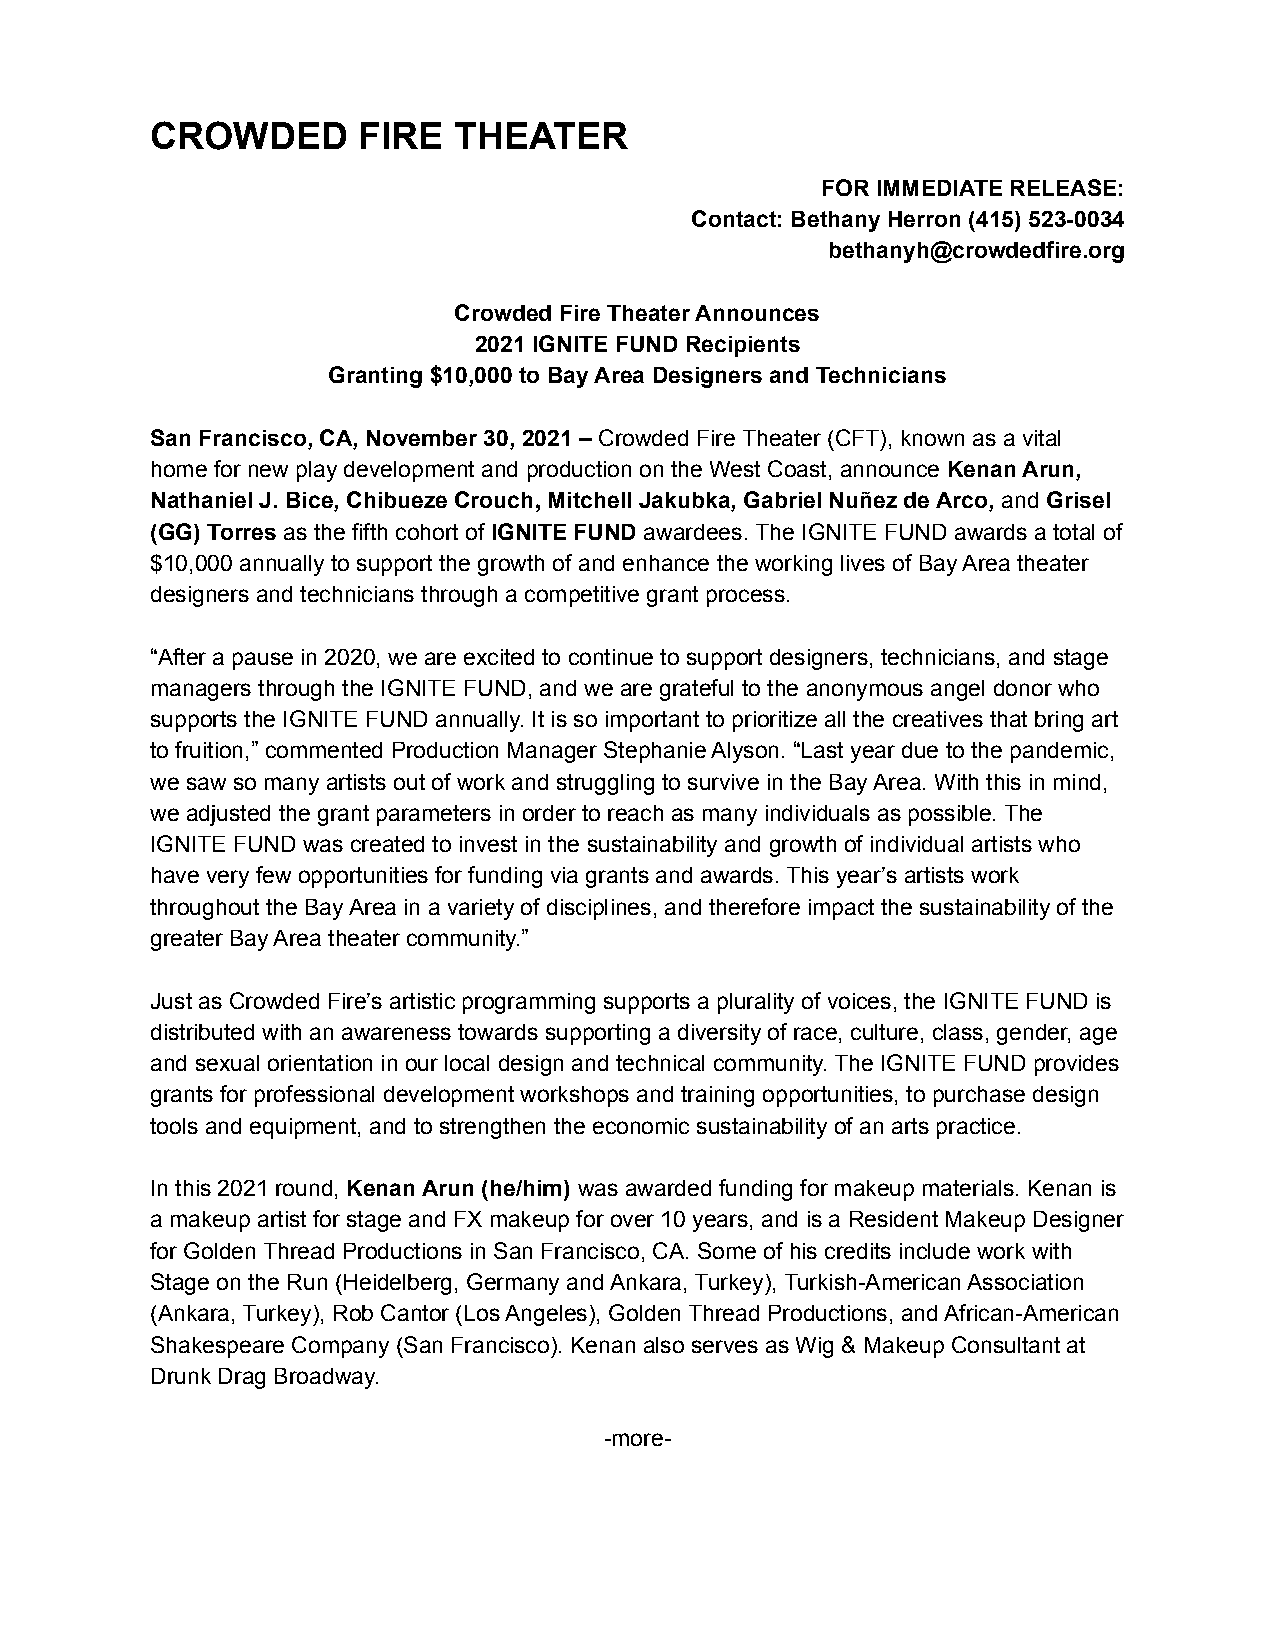
CROWDED       FIRE  THEATER
 FOR IMMEDIATE RELEASE:
 Contact: Bethany Herron (415) 523-0034
 bethanyh@crowdedfire.org
 Crowded Fire Theater Announces
 2021 IGNITE FUND Recipients
 Granting $10,000 to Bay Area Designers and Technicians
 San Francisco, CA, November 30, 2021 – Crowded Fire Theater (CFT), known as a vital
 home for new play development and production on the West Coast, announce Kenan Arun,
 Nathaniel J. Bice, ChibuezeCrouch,Mitchell Jakubka, Gabriel Nuñez de Arco, and Grisel
 (GG) Torres as the fifth cohort of IGNITE FUND awardees. The IGNITE FUND awards a total of
 $10,000 annually to support the growth of and enhance the working lives of Bay Area theater
 designers and technicians through a competitive grant process.
 “After a pause in 2020, we are excited to continue to support designers, technicians, and stage
 managers through the IGNITE FUND, and we are grateful to the anonymous angel donor who
 supports the IGNITE FUND annually. It is so important to prioritize all the creatives that bring art
 to fruition,” commented Production Manager Stephanie Alyson. “Last year due to the pandemic,
 we saw so many artists out of work and struggling to survive in the Bay Area. With this in mind,
 we adjusted the grant parameters in order to reach as many individuals as possible. The
 IGNITE FUND was created to invest in the sustainability and growth of individual artists who
 have very few opportunities for funding via grants and awards. This year’s artists work
 throughout the Bay Area in a variety of disciplines, and therefore impact the sustainability of the
 greater Bay Area theater community.”
 Just as Crowded Fire’s artistic programming supports a plurality of voices, the IGNITE FUND is
 distributed with an awareness towards supporting a diversity of race, culture, class, gender, age
 and sexual orientation in our local design and technical community. The IGNITE FUND provides
 grants for professional development workshops and training opportunities, to purchase design
 tools and equipment, and to strengthen the economic sustainability of an arts practice.
 In this 2021 round, Kenan Arun (he/him) was awarded funding for makeup materials. Kenan is
 a makeup artist for stage and FX makeup for over 10 years, and is a Resident Makeup Designer
 for Golden Thread Productions in San Francisco, CA. Some of his credits include work with
 Stage on the Run (Heidelberg, Germany and Ankara, Turkey), Turkish-American Association
 (Ankara, Turkey), Rob Cantor (Los Angeles), Golden Thread Productions, and African-American
 Shakespeare Company (San Francisco). Kenan also serves as Wig & Makeup Consultant at
 Drunk Drag Broadway.
 -more-